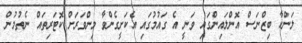
ލަންކާ ބިޒްނަސް އޮންލައިންގައި ވަނީ އެ ގައުމުގައި އެކަށީގެންވާ މިންވަރަށް ކޮޓަރިތައް ނެތުމުން